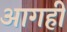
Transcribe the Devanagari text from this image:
आगही